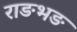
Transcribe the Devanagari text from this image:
राङभङ